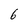
Character: 6